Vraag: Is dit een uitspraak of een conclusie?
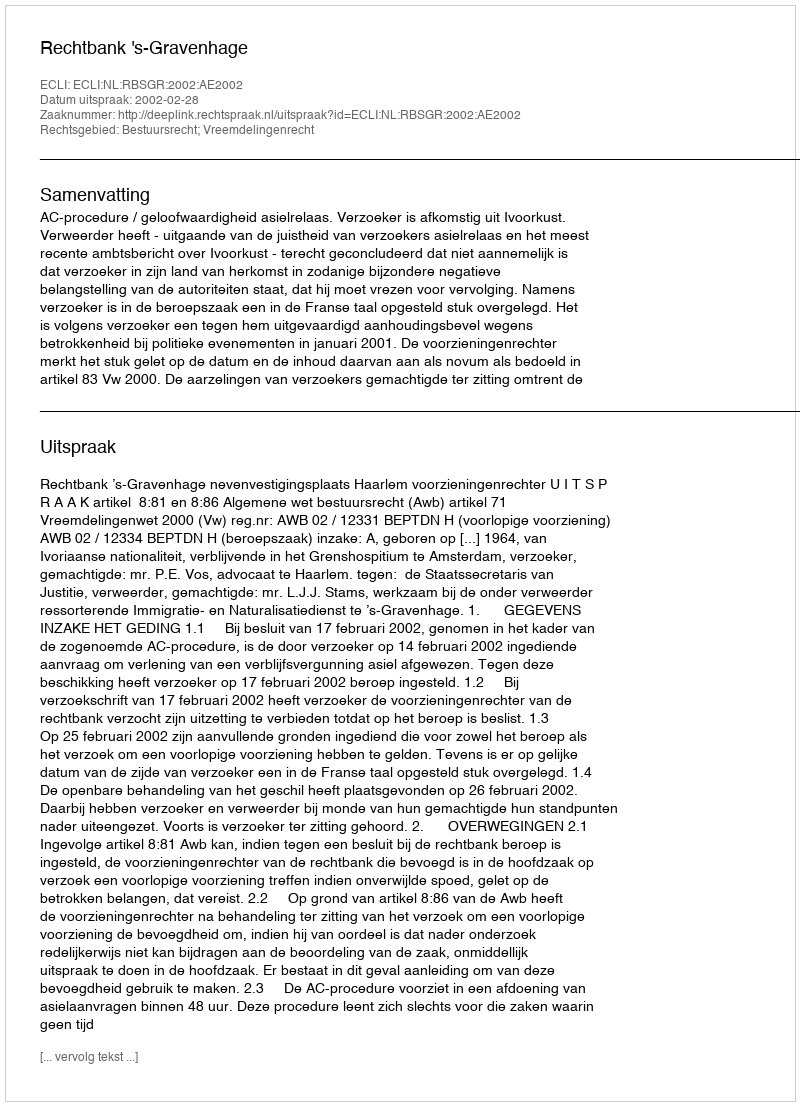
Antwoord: Uitspraak